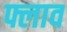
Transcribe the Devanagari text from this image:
फ्लाव